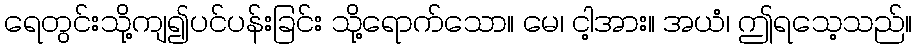
ရေတွင်းသို့ကျ၍ပင်ပန်းခြင်း သို့ရောက်သော။ မေ၊ ငါ့အား။ အယံ၊ ဤရသေ့သည်။